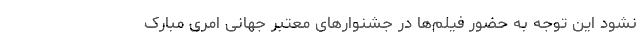
نشود این توجه به حضور فیلم‌ها در جشنوارهای معتبر جهانی امری مبارک